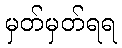
မှတ်မှတ်ရရ